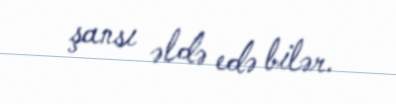
şansı əldə edə bilər.